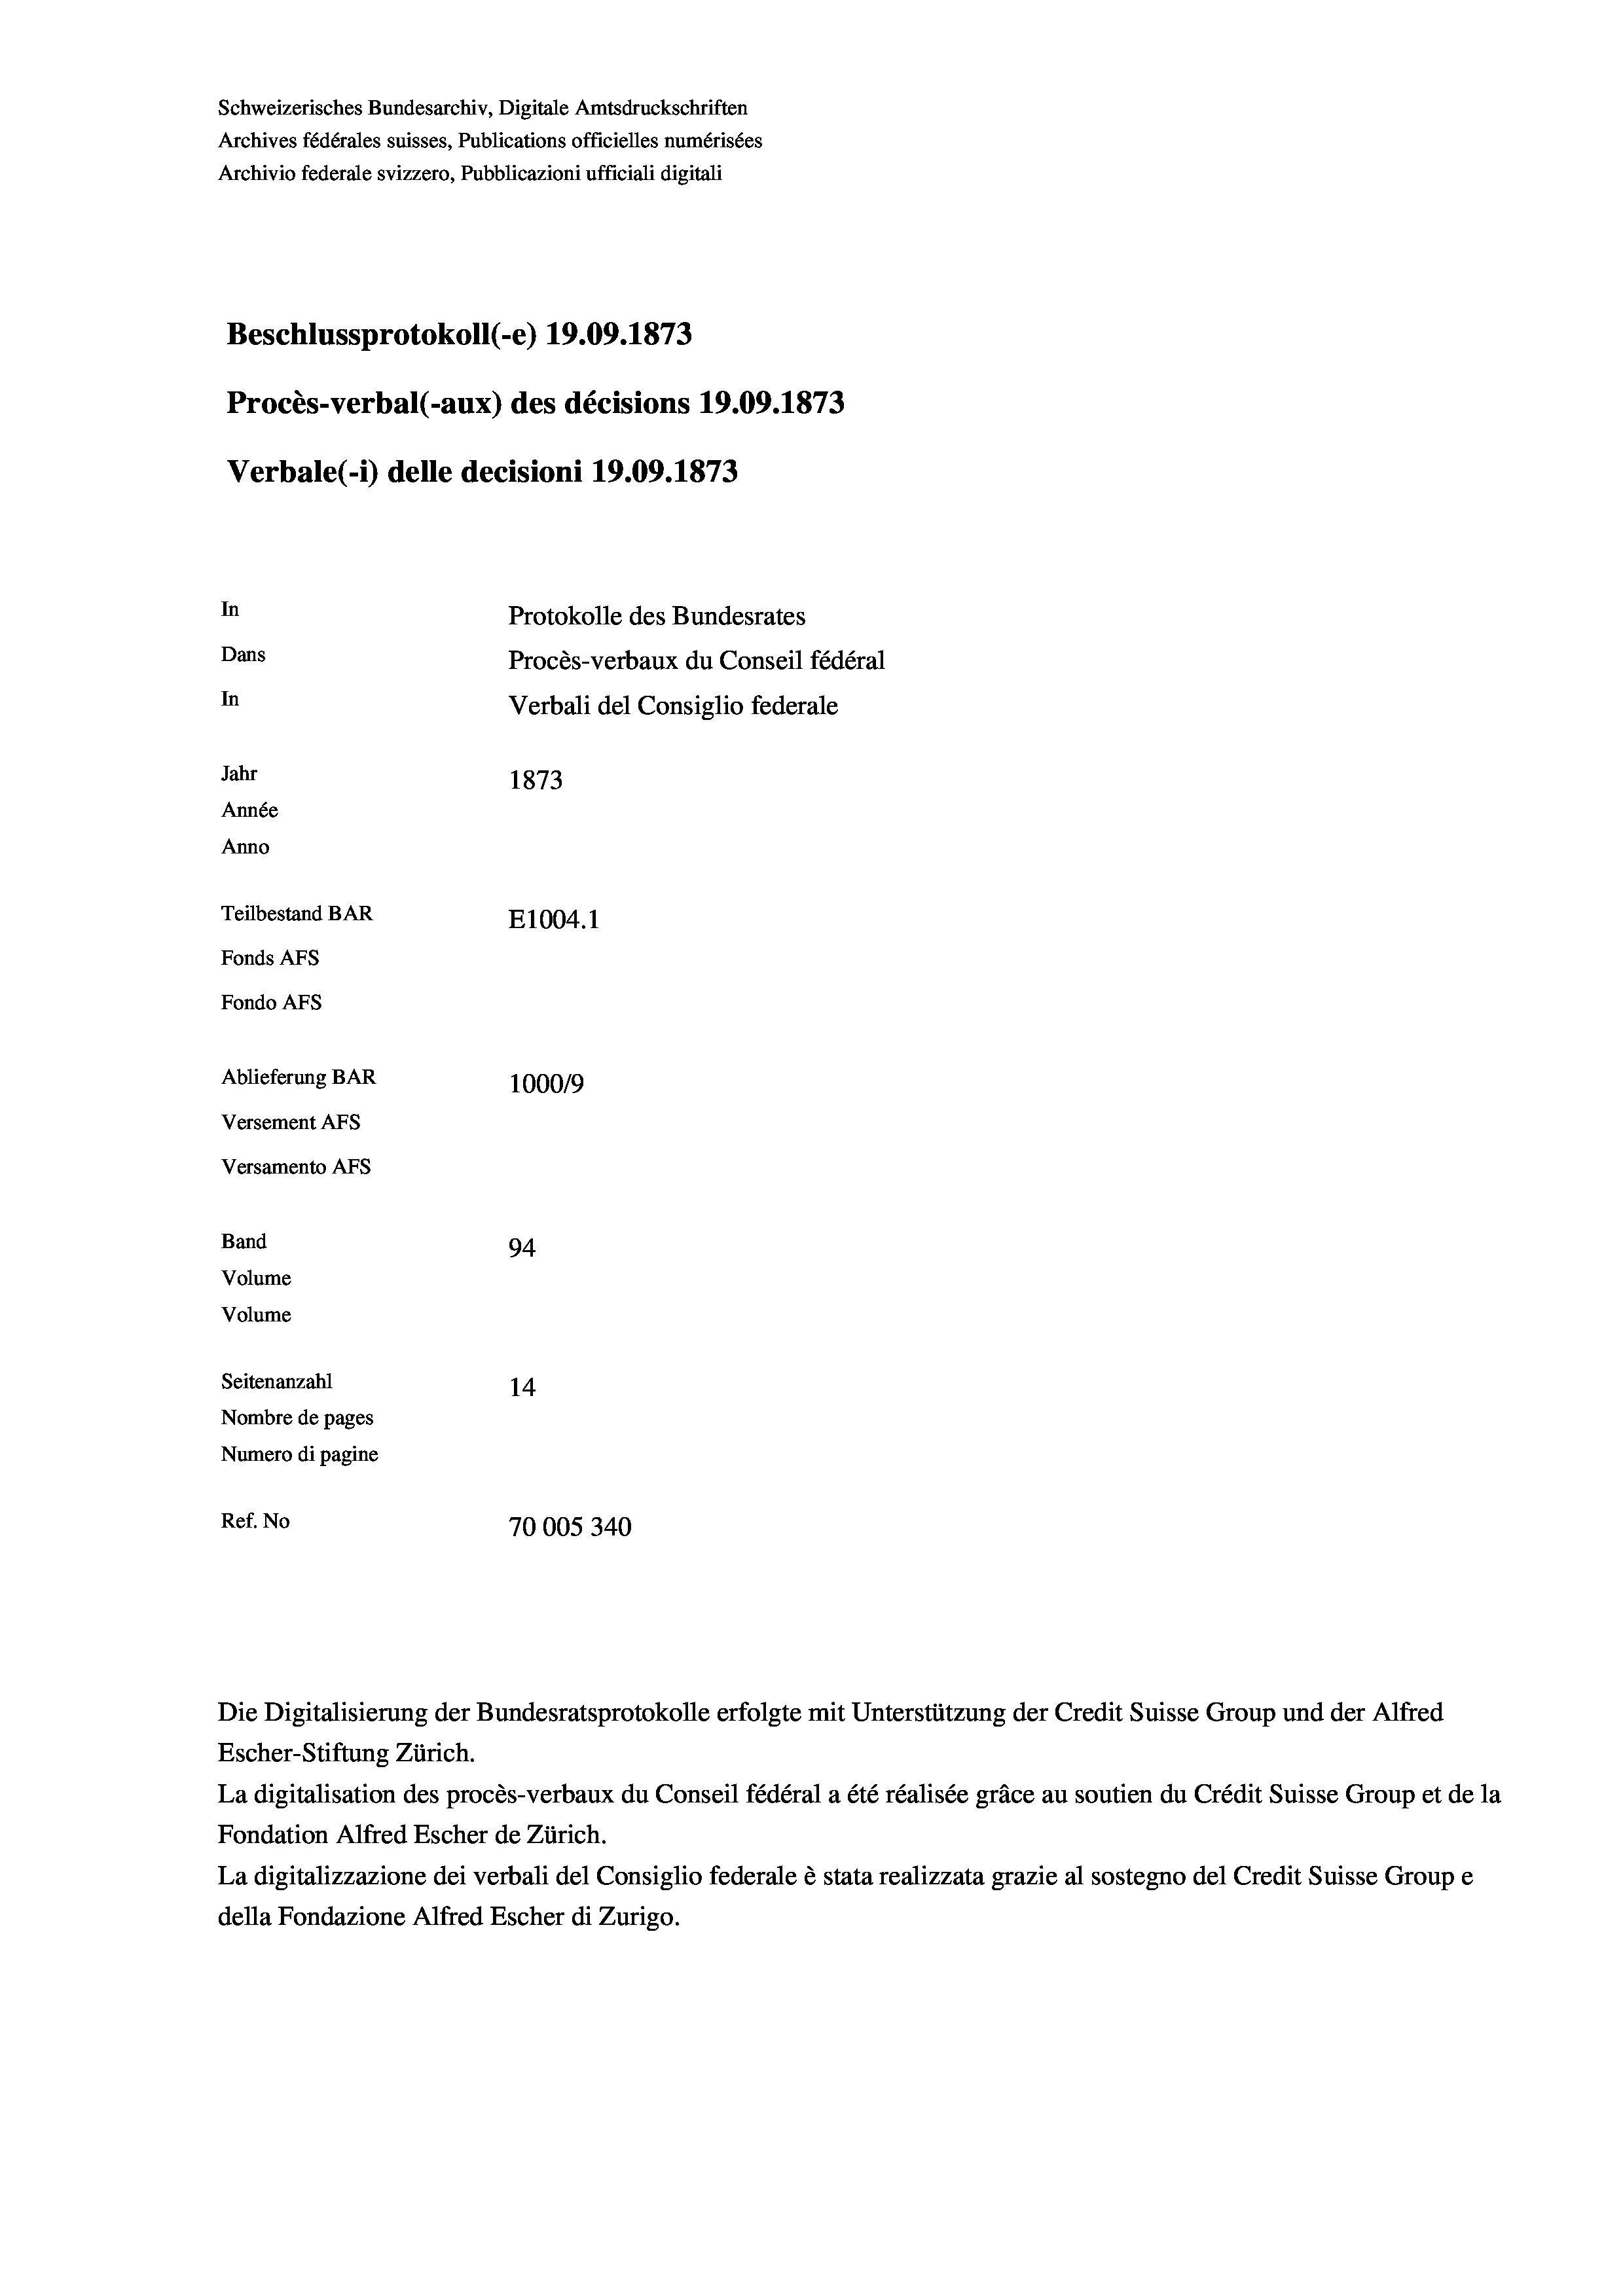
Schweizerisches Bundesarchiv, Digitale Amtsdruckschriften
Archives fédérales suisses, Publications officielles numérisées
Archivio federale svizzero, Pubblicazioni ufficiali digitali
Beschlussprotokoll (-e) 19.09. 1873
Procès-verbal (-aux) des décisions 19.09. 1873
Verbale(*) delle decisioni 19.09. 1873
In
Protokolle des Bundesrates
Dans
Procès-verbaux du Conseil fédéral
In
Verbali del Consiglio federale
Jahr
1873
Année
Anno
Teilbestand BAR
E1004.1
Fonds AFs
Fondo AFs
Ablieferung BAR
100019
Versement Abs
Versamento AFs
Band
94
Volume
Volume
Seitenanzahl
14
Nombre de pages
Numero di pagine
Ref. No
70005340

La digitalisation des procès-verbaux du Conseil fédéral a été réalisée gräce au soutien du Crédit Suisse Group et de la
Fondation Alfred Escher de Zürich.
La digitalizzazione dei verbali del Consiglio federale è stata realizzata grazie al sostegno del Credit Suisse Groupe
della Fondazione Alfred Escher di Zurigo.

Die Digitalisierung der Bundesratsprotokolle erfolgte mit Unterstützung der Credit Suisse Group und der Alfred
Escher-Stiftung Zürich.